Indian Civil Veterinary Department memoirs
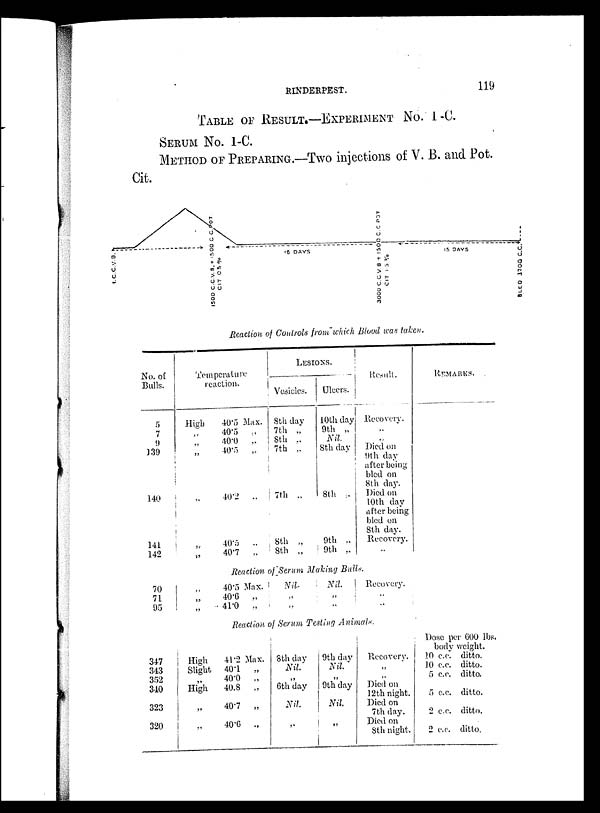
RINDERPEST 119
TABLE OF RESULT-EXPERIMENT NO. 1 -C.
SERUM No. 1-C.
METHOD OF PREPARING.—Two injections of V. B. and Pot.
Cit.
Reaction of Controls from which Blood was taken.
No. of
Bulls.
5
7
9
139
140
141
142
Temperature
reaction.
High
„
„
„
„
„
40.5 Max.
40.5
„
40.0
„
40.5 „
40.2 „
40.5
„
40.7
„
LESIONS.
Vesicles.
8th day
7th „
8th „
7th „
7th „
8th „
8th „
Ulcers.
10th day
9th „
Nil.
8th day
8th „
9th „
9th „
Result.
Recovery.
„
„
Died on
9th day
after being
bled on
8th day.
Died on
10th day
after being
bled on
8th day.
Recovery.
REMARKS
Reaction of Serum Making Bulls.
70
71
95
„
„
„
40.5 Max.
40.6
„
41.0
„
Nil.
„
„
Nil
Recovery.
„
„
Reaction of Serum Testing Animals.
347
343
352
310
323
320
High
Slight
„
High
„
„
41.2 Max.
40.1
„
40.0
„
40.8
40.7
„
40.6
„
8th day
Nil.
„
6th day
Nil.
„
9th day
Nil.
„ 9th day
Nil.
„
Recovery.
„
„
Died on
12th night.
Died on
7th day.
Died on
8th night.
Dose per 600 lbs.
body weight.
10 c.c. ditto.
10 c.c. ditto.
5 c.c. ditto.
5 c.c. ditto.
2 c.c. ditto.
2 c.c. ditto.